Bombay plague: being a history of the progress of plague in the Bombay presidency from September 1896 to June 1899
Year: 1896
Disease focus: Plague
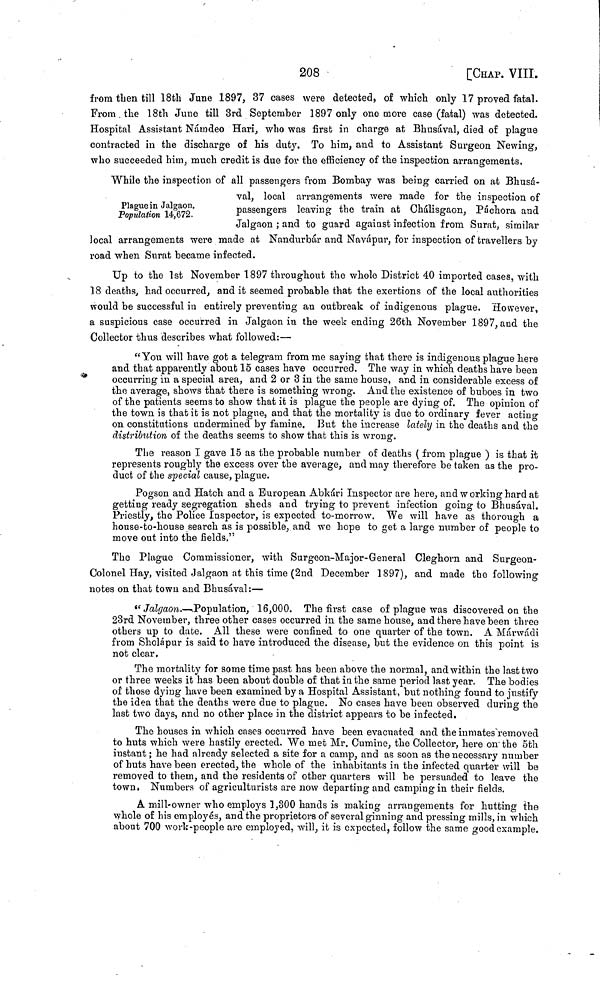
208
[CHAP. VIII.
from then till 18th June 1897, 37 cases were detected, of which only 17 proved fatal.
From the 18th June till 3rd September 1897 only one more case (fatal) was detected.
Hospital Assistant Námdeo Hari, who was first in charge at Bhusával, died of plague
contracted in the discharge of his duty. To him, and to Assistant Surgeon Newing,
who succeeded him, much credit is due for the efficiency of the inspection arrangements.
Plague in Jalgaon.
Population 14,672.
While the inspection of all passengers from Bombay was being carried on at Bhusá-
val, local arrangements were made for the inspection of
passengers leaving the train at Chálisgaon, Páchora and
Jalgaon ; and to guard against infection from Surat, similar
local arrangements were made at Nandurbár and Navápur, for inspection of travellers by
road when Surat became infected.
Up to the 1st November 1897 throughout the whole District 40 imported cases, with
18 deaths, had occurred, and it seemed probable that the exertions of the local authorities
would be successful in entirely preventing an outbreak of indigenous plague. However,
a suspicious case occurred in Jalgaon in the week ending 26th November 1897, and the
Collector thus describes what followed :—
"You will have got a telegram from me saying that there is indigenous plague here
and that apparently about 15 cases have occurred. The way in which deaths have been
occurring in a special area, and 2 or 3 in the same house, and in considerable excess of
the average, shows that there is something wrong. And the existence of buboes in two
of the patients seems to show that it is plague the people are dying of. The opinion of
the town is that it is not plague, and that the mortality is due to ordinary fever acting
on constitutions undermined by famine. But the increase lately in the deaths and the
distribution of the deaths seems to show that this is wrong.
The reason I gave 15 as the probable number of deaths ( from plague ) is that it
represents roughly the excess over the average, and may therefore be taken as the pro-
duct of the special cause, plague.
Pogson and Hatch and a European Abkári Inspector are here, and working hard at
getting ready segregation sheds and trying to prevent infection going to Bhusával.
Priestly, the Police Inspector, is expected to-morrow. We will have as thorough a
house-to-house search as is possible, and we hope to get a large number of people to
move out into the fields,"
The Plague Commissioner, with Surgeon-Major-General Cleghorn and Surgeon-
Colonel Hay, visited Jalgaon at this time (2nd December 1897), and made the following
notes on that town and Bhusával :—
"Jalgaon.—Population, 16,000. The first case of plague was discovered on the
23rd November, three other cases occurred in the same house, and there have been three
others up to date. All these were confined to one quarter of the town. A Márwádi
from Sholápur is said to have introduced the disease, but the evidence on this point is
not clear.
The mortality for some time past has been above the normal, and within the last two
or three weeks it has been about double of that in the same period last year, The bodies
of those dying have been examined by a Hospital Assistant, but nothing found to justify
the idea that the deaths were due to plague. No cases have been observed during the
last two days, and no other place in the district appears to be infected.
The houses in which cases occurred have been evacuated and the inmates removed
to huts which were hastily erected. We met Mr. Cumine, the Collector, here on the 5th
instant; he had already selected a site for a camp, and as soon as the necessary number
of huts have been erected, the whole of the inhabitants in the infected quarter will be
removed to them, and the residents of other quarters will be persuaded to leave the
town, Numbers of agriculturists are now departing and camping in their fields.
A mill-owner who employs 1,300 hands is making arrangements for hutting the
whole of his employés, and the proprietors of several ginning and pressing mills, in which
about 700 work people are employed, will, it is expected, follow the same good example.